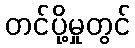
တင်ပို့မှုတွင်